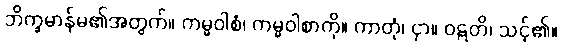
ဘိက္ခမာန်မ၏အတွက်။ ကမ္မဝါစံ၊ ကမ္မဝါစာကို။ ကာတုံ၊ ငှာ။ ဝဋ္ဋတိ၊ သင့်၏။